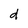
Character: d